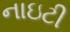
નાઇટી